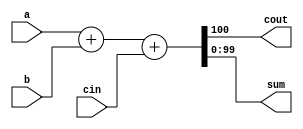
// Create a 100-bit binary adder. The adder adds two 100-bit numbers and a carry-in to produce a 100-bit sum and carry out.

module top_module( 
    input [99:0] a, b,
    input cin,
    output cout,
    output [99:0] sum );
    wire [100:0] fullsum;
    assign fullsum ={1'b0,a}+{1'b0,b}+cin;
    assign sum=fullsum[99:0];
    assign cout=fullsum[100];
       
    
endmodule